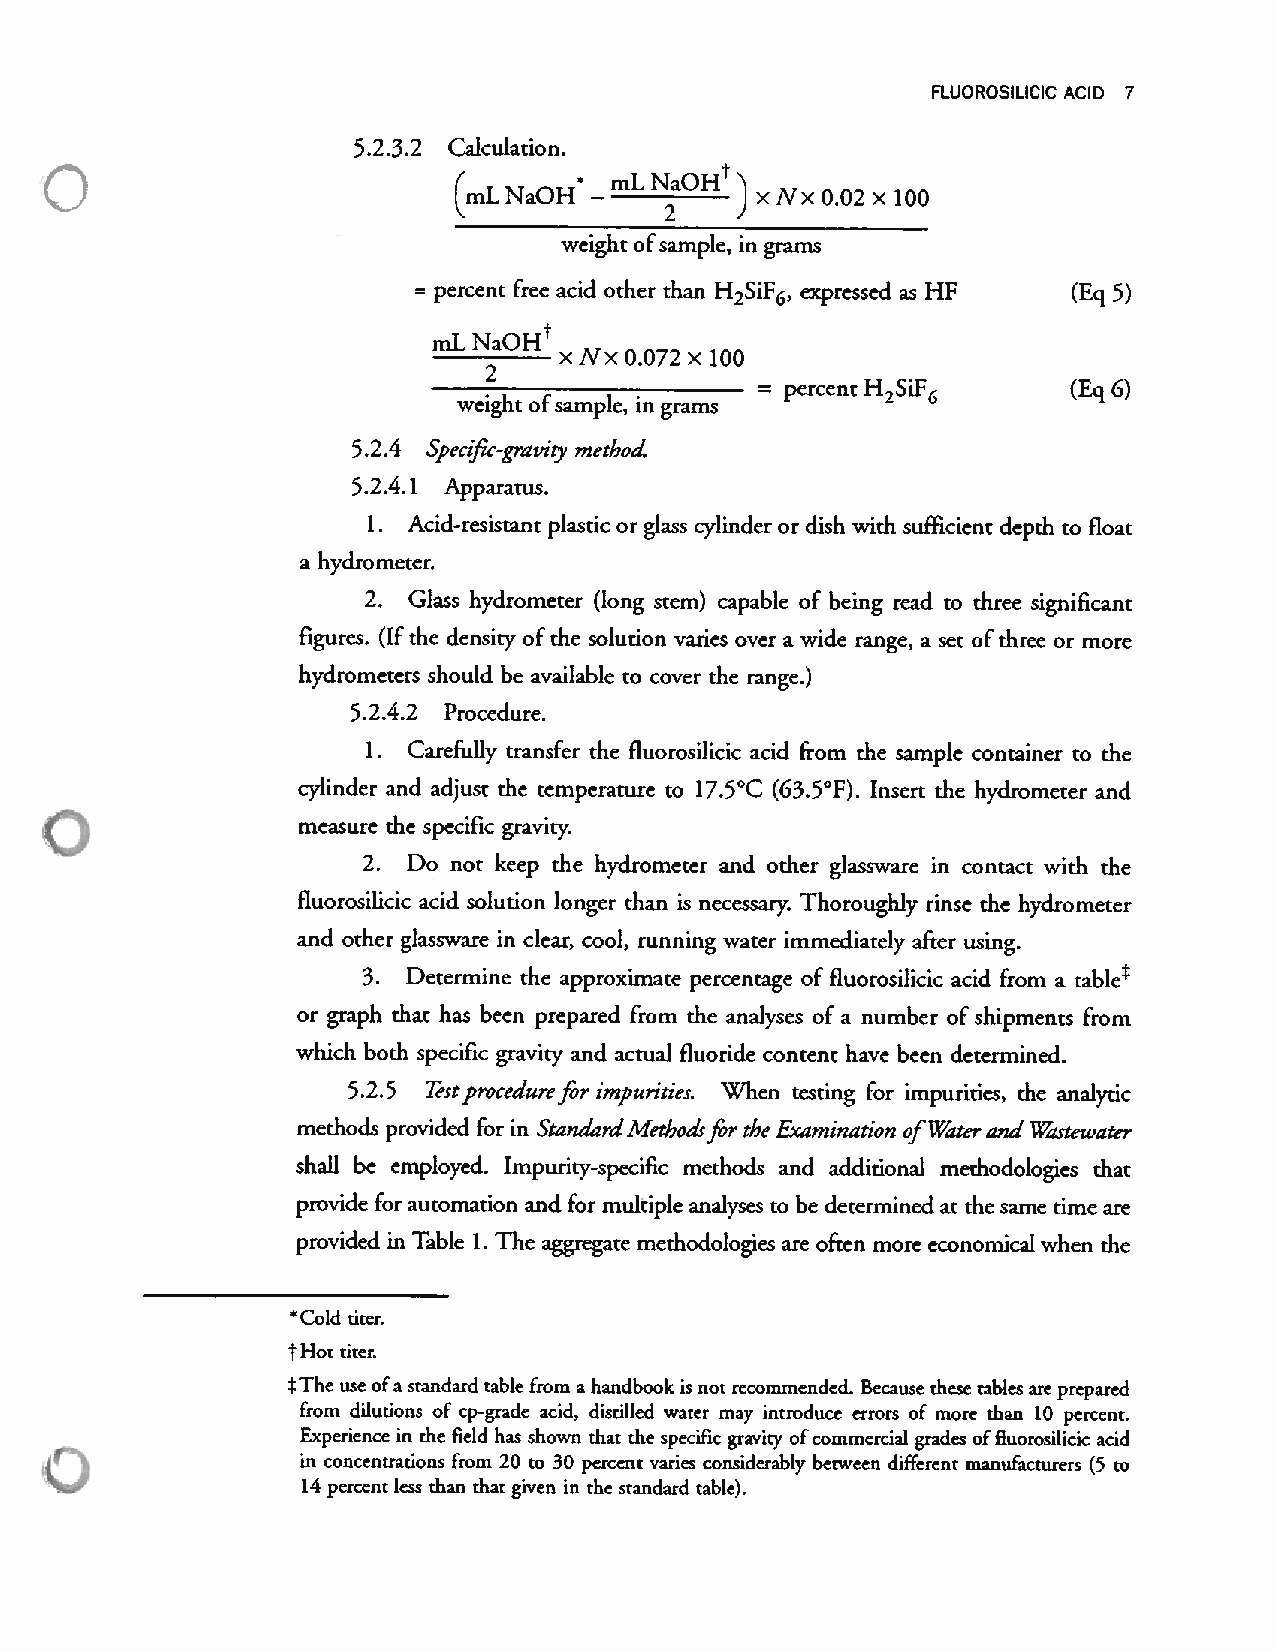
FLUOROSILICIC ACID 7
 5.2.3.2 Calculation.
 mL NaOH’)
 (mL NaOH —          x Nx 0.02 x 100
 weight ofsample. in grams
 = percent free acid other than H2S6,iF expressed as HF (Eq 5)
 t
 mLNaOH
 x Nx 0.072 x 100
 2
 = percent H6,SiF     (Eq 6)
 weight ofsample, in grams
 5.2.4 Specific-gravity method
 5.2.4.1 Apparatus.
 1. Acid-resistant plastic or glass cylinder or dish with sufficient depth to float
 a hydrometer.
 2. Glass hydrometer (long stem) capable of being read to three significant
 figures. (If the density ofthe solution varies over a wide range, a set ofthree or more
 hydrometers should be available to cover the range.)
 5.2.4.2 Procedure.
 1. Carefiillv transfer the fluorosilicic acid from the sample container to the
 cylinder and adjust the temperature to 17.5°C (63.5°F). Insert the hydrometer and
 measure the specific gravinc
 2. Do not keep the hydrometer and other glassware in contact with the
 fluorosilicic acid solution longer than is necessary; Thoroughly rinse the hydrometer
 and other glassware in clear, cool, running water immediately after using.
 3. Determine the approximate percentage of fluorosilicic acid from a tablet
 or graph that has been prepared from the analyses of a number of shipments from
 which both specific gravity and actual fluoride content have been determined.
 5.2.5 Testprocedurefor impurities. ‘Vhen testing for impurities, the analytic
 methods provided for in StanaardMethoasfor the Examination ofWaterand Wastewater
 shall be employed. Impurity-specific methods and additional methodologies that
 provide for automation and for multiple anaiyses to be determined at the same time are
 provided in Table 1. The aggregate methodologies are often more economical when the
 C01d titer.
 *
 tHot titer.
 *The use ofa standard table from a handbook is not recommended. Because these tables are prepared
 from dilutions of cp-grade acid, distilled water may introduce errors of more than 10 percent.
 Experience in the field has shown that the specific gravity ofcommercial grades offluorosiLicic acid
 in concentrations from 20 to 30 percent varies considerably between different manufacturers (5 to
 14 percent less than that given in the standard table).